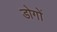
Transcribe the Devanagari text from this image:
डोगों